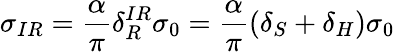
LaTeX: \sigma_{IR}=\frac{\alpha}{\pi}\delta_{R}^{IR}\sigma_{0}=\frac{\alpha}{\pi}(\delta_{S}+\delta_{H})\sigma_{0}